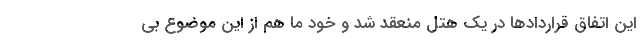
این اتفاق قراردادها در یک هتل منعقد شد و خود ما هم از این موضوع بی